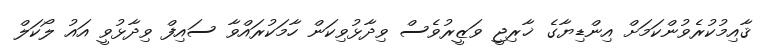
ޤާއިމުކުރެވުންކަމަށް އިންޑިޔާގެ ޚާރިޖީ ވަޒީރުވެސް ވިދާޅުވިކަން ހާމަކުރައްވާ ސައިފް ވިދާޅުވީ އައު ލޯކަލް